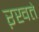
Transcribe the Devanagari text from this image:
ऱखते